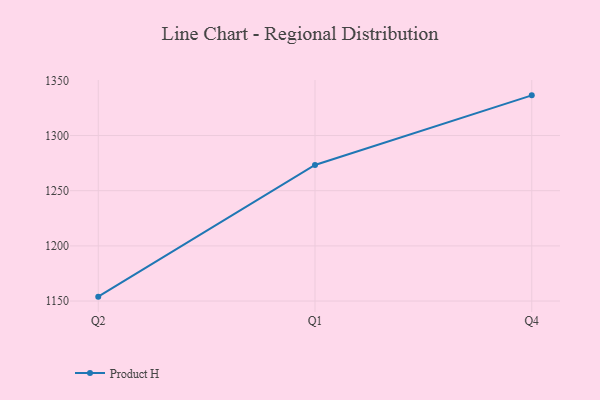
{"axis": {"x": "Quarter", "y": "Headcount"}, "legend": ["Product H"], "data": [{"x": "Q2", "y": 1154.0, "type": "Product H"}, {"x": "Q1", "y": 1273.3, "type": "Product H"}, {"x": "Q4", "y": 1336.4, "type": "Product H"}]}